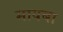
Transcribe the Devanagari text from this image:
मायबा